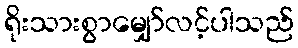
ရိုးသားစွာမျှော်လင့်ပါသည်